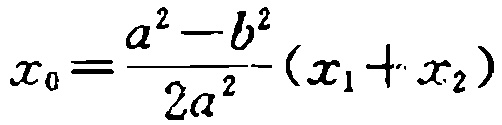
\[x_{0}=\frac{a^{2}-b^{2}}{2a^{2}}(x_{1}+x_{2})\]